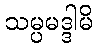
သမ္ပမဒ္ဒါမိ